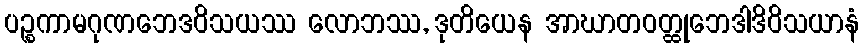
ပဉ္စကာမဂုဏဘေဒဝိသယဿ လောဘဿ, ဒုတိယေန အာဃာတဝတ္ထုဘေဒါဒိဝိသယာနံ